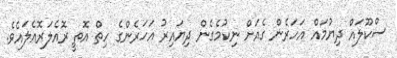
ސްކޫލައް ދިޔުމައް އަހަރެން ގެއަށް ނިކުމެގެން ދިޔައިރު އަހަރެންގެ ހިތް އޮތީ ރޮއެލަރޮއެލައެވެ.